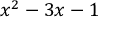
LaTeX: x ^ { 2 } - 3 x - 1